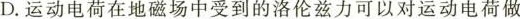
D.运动电荷在地磁场中受到的洛伦兹力可以对运动电荷做